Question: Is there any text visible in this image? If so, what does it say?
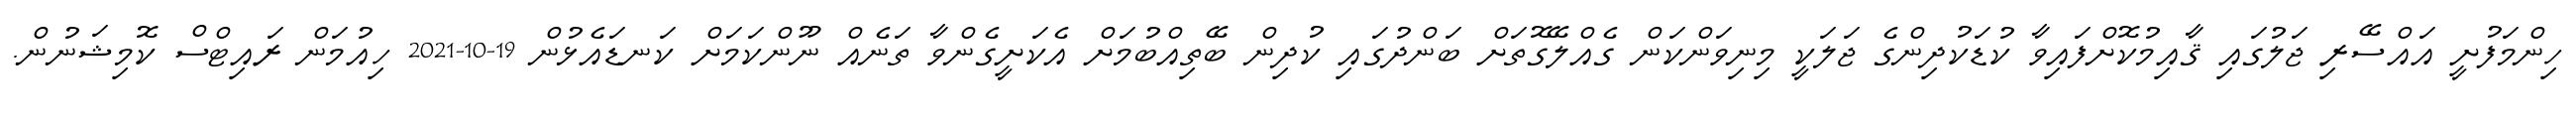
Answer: ހިންމަފުށީ އައްސޭރި ޖަލުގައި ޤާއިމުކޮށްފައިވާ ކުޑަކުދިންގެ ޖަލަކީ މިނިވަންކަން ގެއްލޭގޮތަށް ބަންދުގައި ކުދިން ބޭތިއްބުމަށް އެކަށީގެންވާ ތަނެއް ނޫންކަމަށް ކަނޑައެޅުން 19-10-2021 ހިއުމަން ރައިޓްސް ކޮމިޝަނުން.